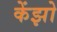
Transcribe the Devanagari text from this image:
केंझो